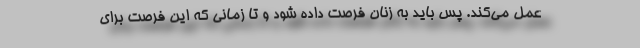
عمل می‌کند. پس باید به زنان فرصت داده شود و تا زمانی که این فرصت برای